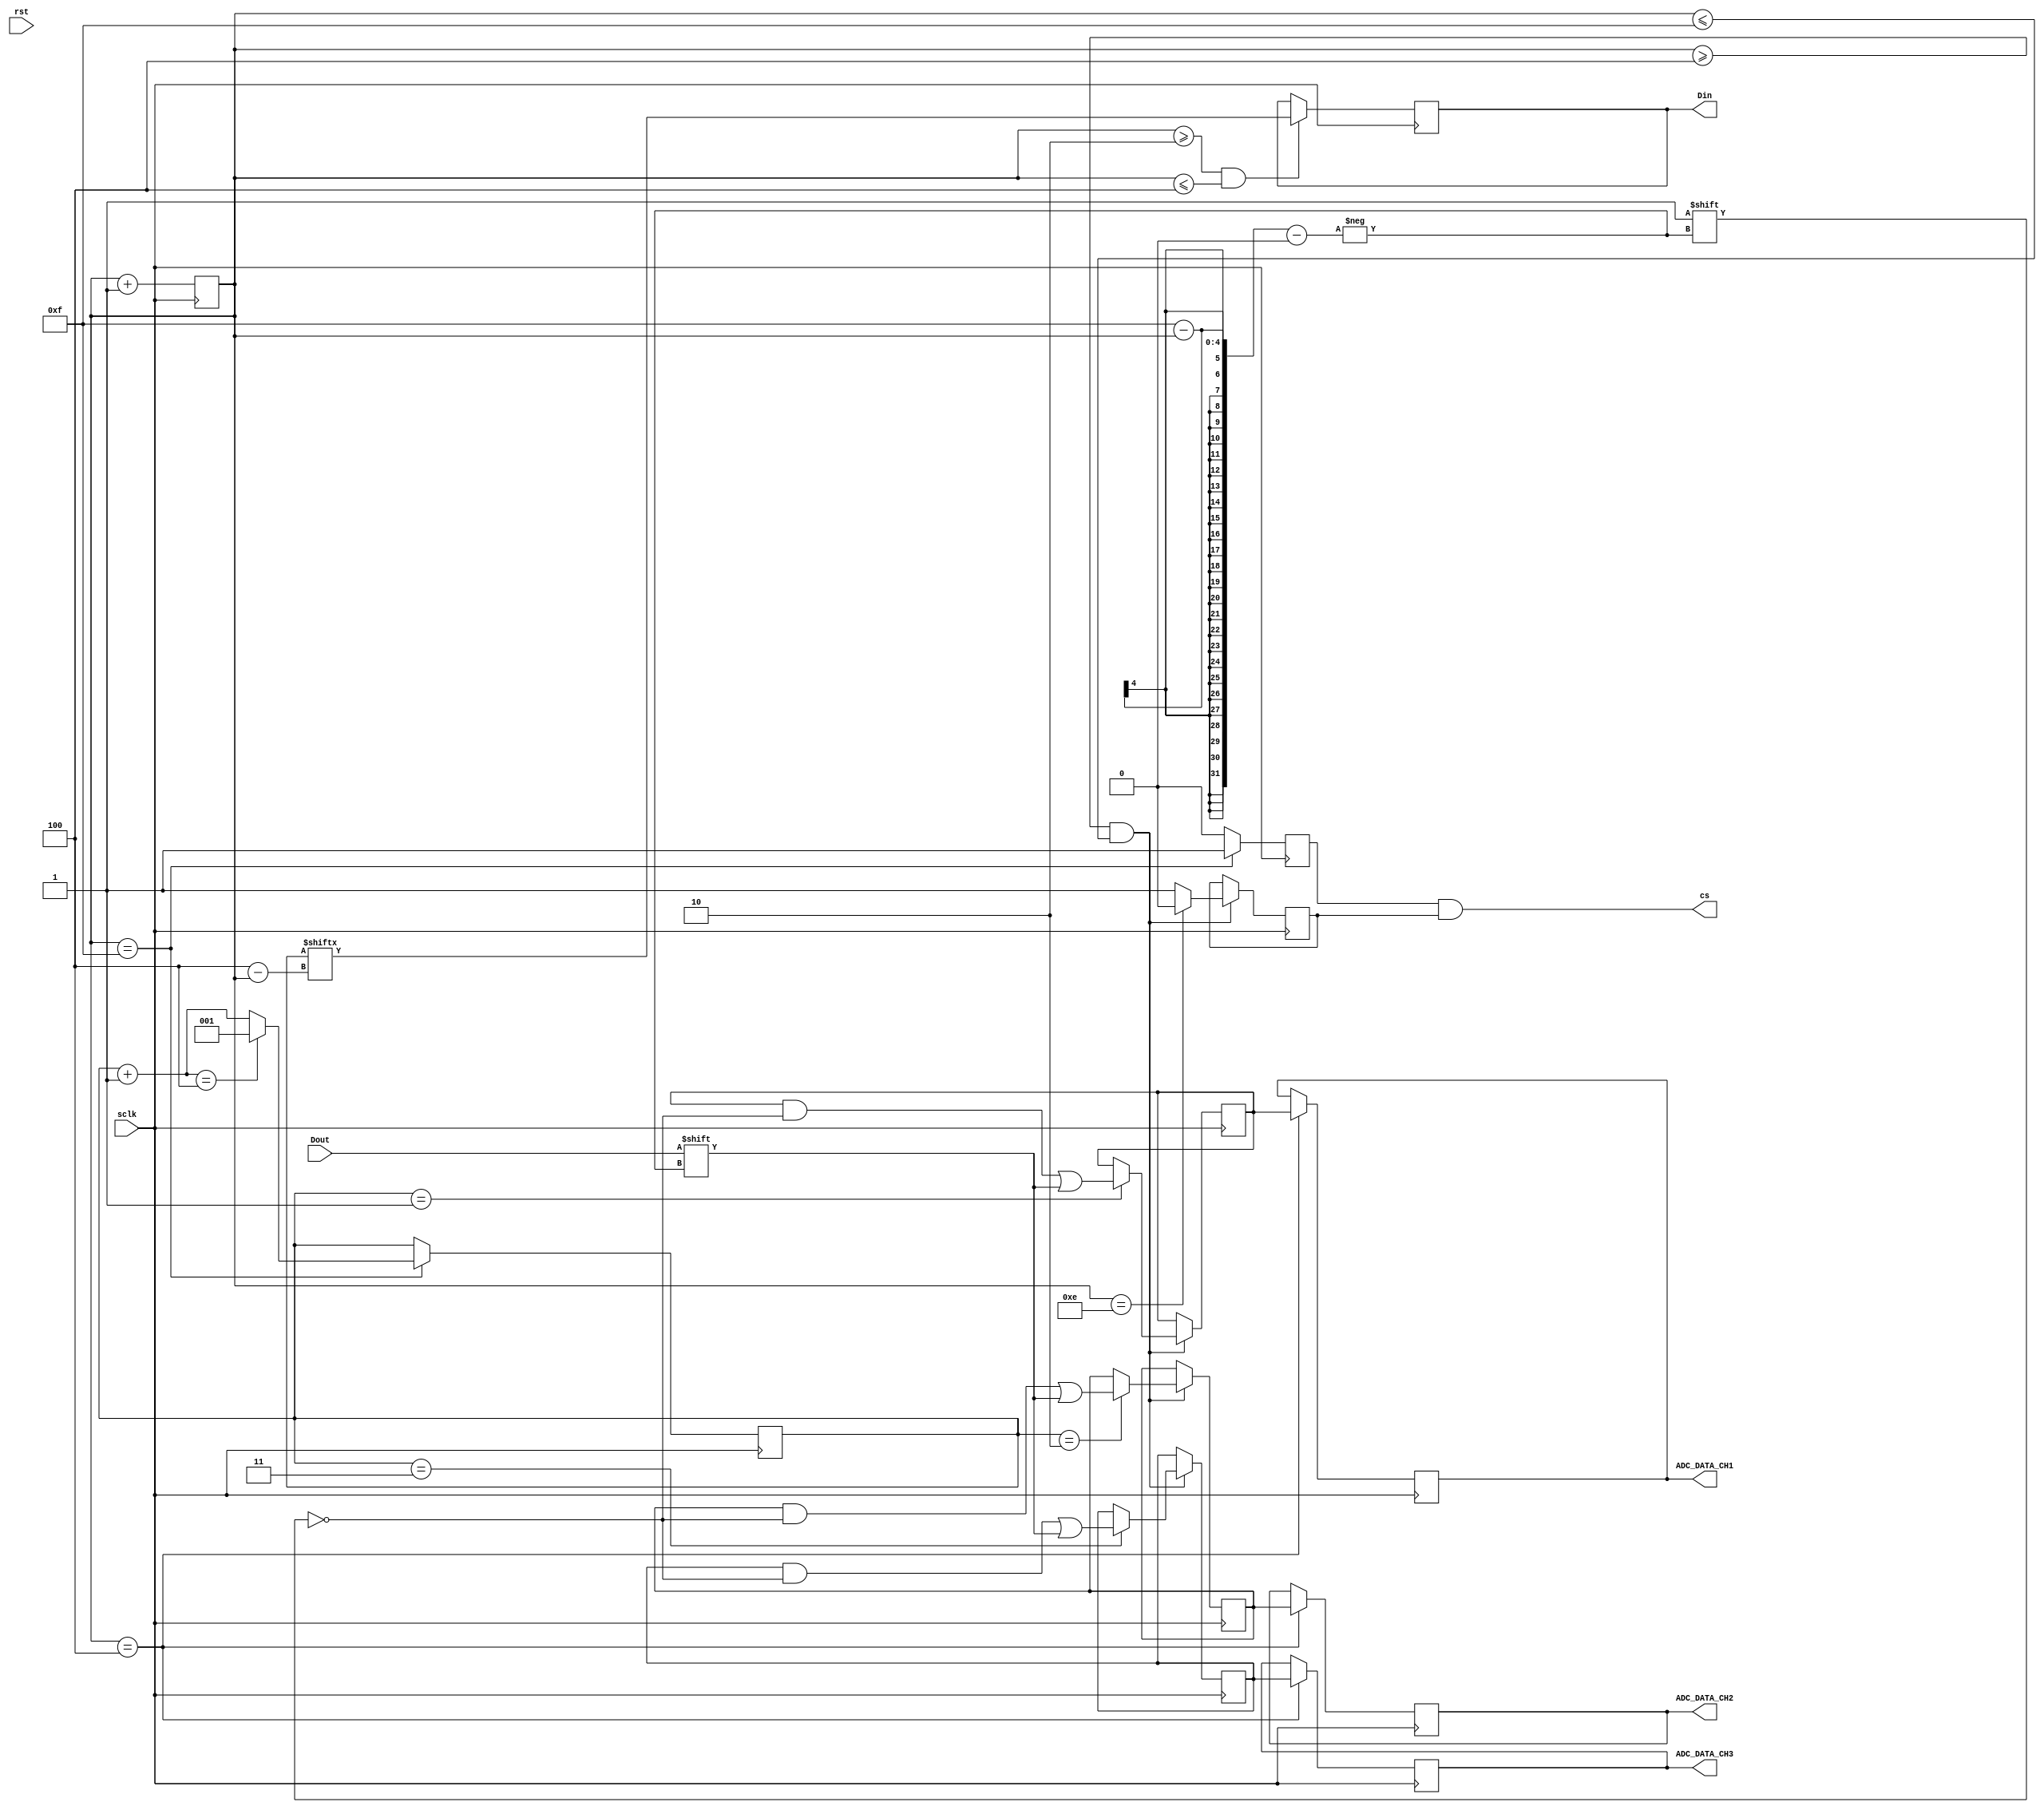
module ADC_verilog(
input Dout,
input sclk,
input rst,
output [11:0]ADC_DATA_CH1,
output [11:0]ADC_DATA_CH2,
output [11:0]ADC_DATA_CH3,
output Din,
output cs
);

reg[11:0] data1=0;
reg[11:0] data1_assign=0;
reg[11:0] data2=0;
reg[11:0] data2_assign=0;
reg[11:0] data3=0;
reg[11:0] data3_assign=0;
reg[2:0] address=3'b001;

reg [3:0]pulse_number=4'b0000;

reg value_pos=1;
reg value_neg=1;

reg address_value=0;

assign cs=value_pos&value_neg;
assign Din=address_value;
assign ADC_DATA_CH1=data1_assign;
assign ADC_DATA_CH2=data2_assign;
assign ADC_DATA_CH3=data3_assign;

//write code for negative edges of the sclk
always @ (negedge sclk)
begin	
	if(pulse_number>=2 && pulse_number<=4)begin
		address_value=address[4-pulse_number];
	end
	if(pulse_number==4'b1111)begin
			value_pos=1;
		end else begin
			value_pos=0;
		end
end





//code for all the positive edges of the slck



always @ (posedge sclk)
begin
	if(pulse_number==4)begin
		data1_assign=data1;
		data2_assign=data2;
		data3_assign=data3;
	end
	if(pulse_number>=4 && pulse_number<=15)begin
		if(address==1)begin
			data1[15-pulse_number]=Dout;
		end
		
		if(address==2)begin
			data2[15-pulse_number]=Dout;
		end
		
		if(address==3)begin
			data3[15-pulse_number]=Dout;
		end

	if(pulse_number==4'b1110)begin
		value_neg=0;


		end else begin
		value_neg=1;
		end


	end
	if(pulse_number==4'b1111)begin
			address=address+3'b001;
			if(address==3'b100)begin
				address=3'b001;
			end
	end
	pulse_number=pulse_number+4'b0001;

	
end





endmodule